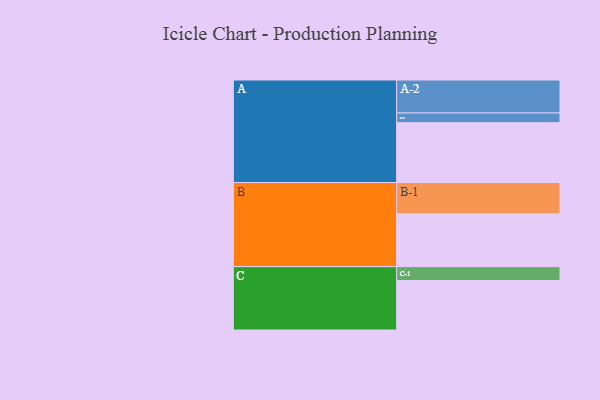
{"axis": {"x": "Segment", "y": "Value"}, "legend": ["", "A", "B", "C"], "data": [{"x": "A", "y": 495, "type": ""}, {"x": "B", "y": 438, "type": ""}, {"x": "C", "y": 409, "type": ""}, {"x": "A-1", "y": 80, "type": "A"}, {"x": "A-2", "y": 273, "type": "A"}, {"x": "B-1", "y": 258, "type": "B"}, {"x": "C-1", "y": 115, "type": "C"}]}